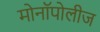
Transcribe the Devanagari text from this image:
मोनॉपोलीज